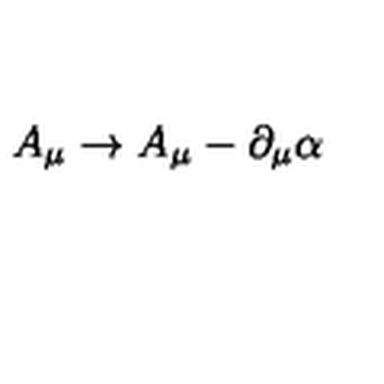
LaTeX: A _ { \mu } \rightarrow A _ { \mu } - \partial _ { \mu } \alpha